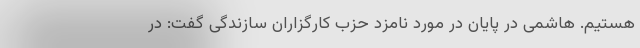
هستیم. هاشمی در پایان در مورد نامزد حزب کارگزاران سازندگی گفت: در